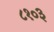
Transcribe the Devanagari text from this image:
८१०३